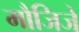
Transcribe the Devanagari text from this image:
मौजिजे